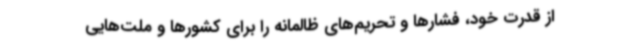
از قدرت خود، فشارها و تحریم‌های ظالمانه را برای کشورها و ملت‌هایی